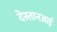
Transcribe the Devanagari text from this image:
देस्तानआई